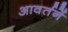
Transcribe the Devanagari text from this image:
आवर्तनें